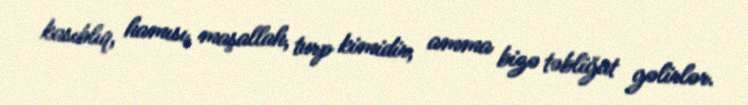
kasıblıq, hamısı, maşallah, turp kimidir, amma bizə təbliğat gəlirlər.